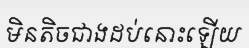
មិនតិចជាងដប់នោះឡើយ